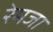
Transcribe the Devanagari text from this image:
रेमजा